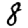
Digit: 8